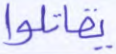
يقاتلوا